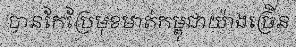
បានកែប្រែមុខមាត់កម្ពុជាយ៉ាងច្រើន